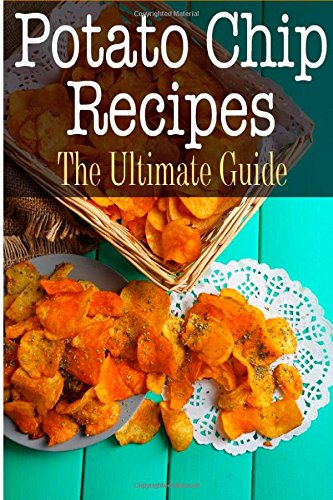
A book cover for Potato Chip Recipes: The Ultimate Guide; Bridgette Conners; Cookbooks, Food & Wine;